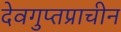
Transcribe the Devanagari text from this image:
देवगुप्तप्राचीन